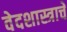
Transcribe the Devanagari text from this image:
वेदशास्त्राचे